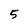
Character: 5